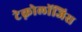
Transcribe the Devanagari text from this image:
टेक्नोलॉजिस